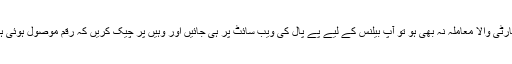
اگر تھرڈ پارٹی والا معاملہ نہ بھی ہو تو آپ بیلنس کے لیے پے پال کی ویب سائٹ پر ہی جائیں اور وہیں پر چیک کریں کہ رقم موصول ہوئی ہے یا نہیں۔